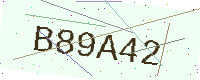
Text: B89A42